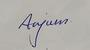
Signature authenticity: genuine